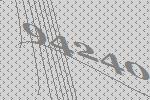
94240